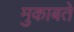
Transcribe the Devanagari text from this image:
मुकाबते